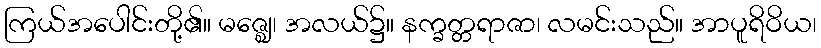
ကြယ်အပေါင်းတို့၏။ မဇ္ဈေ၊ အလယ်၌။ နက္ခတ္တရာဇာ၊ လမင်းသည်။ အာပူရိဝိယ၊